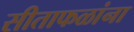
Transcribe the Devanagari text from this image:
सीताफळांना